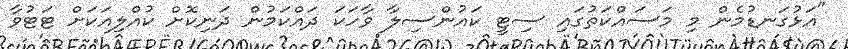
"އަޅުގަނޑުމެން މި މަސައްކަތުގައި ސިޓީ ކައުންސިލާ ވާހަކަ ދައްކަމުން ދަނިކޮށް ކުއްލިއަކަށް ޓަޓުވާ